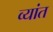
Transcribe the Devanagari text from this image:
व्यांत